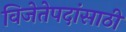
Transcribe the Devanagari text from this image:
विजेतेपदांसाठी